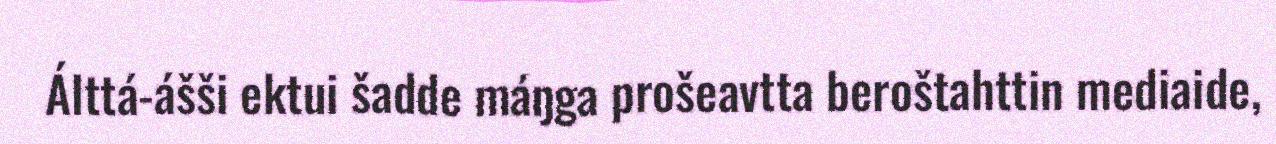
Álttá-ášši ektui šadde máŋga prošeavtta beroštahttin mediaide,